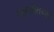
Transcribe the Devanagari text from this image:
सालशेतच्या